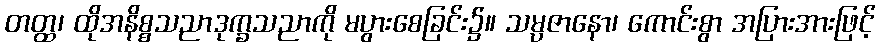
တတ္ထ၊ ထိုအနိစ္စသညာဒုက္ခသညာကို မပွားစေခြင်း၌။ သမ္ပဇာနော၊ ကောင်းစွာ အပြားအားဖြင့်